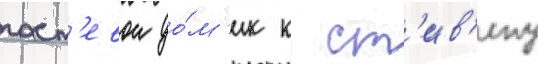
гост'евои до́м'ик к ст'ив'ену